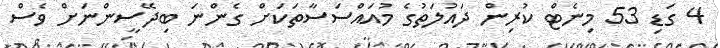
4 ގަޑި 53 މިނެޓް ކުރިން ދައުލަތުގެ މުއައްސަސާތަކަށް ގެންނަ ބިދޭސީންނަށް ވެސް